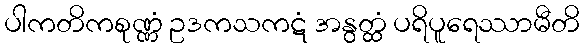
ပါကတိကစုဏ္ဏံ ဥဒကသကဋံ အနွတ္ထံ ပရိပူရေဿာမီတိ